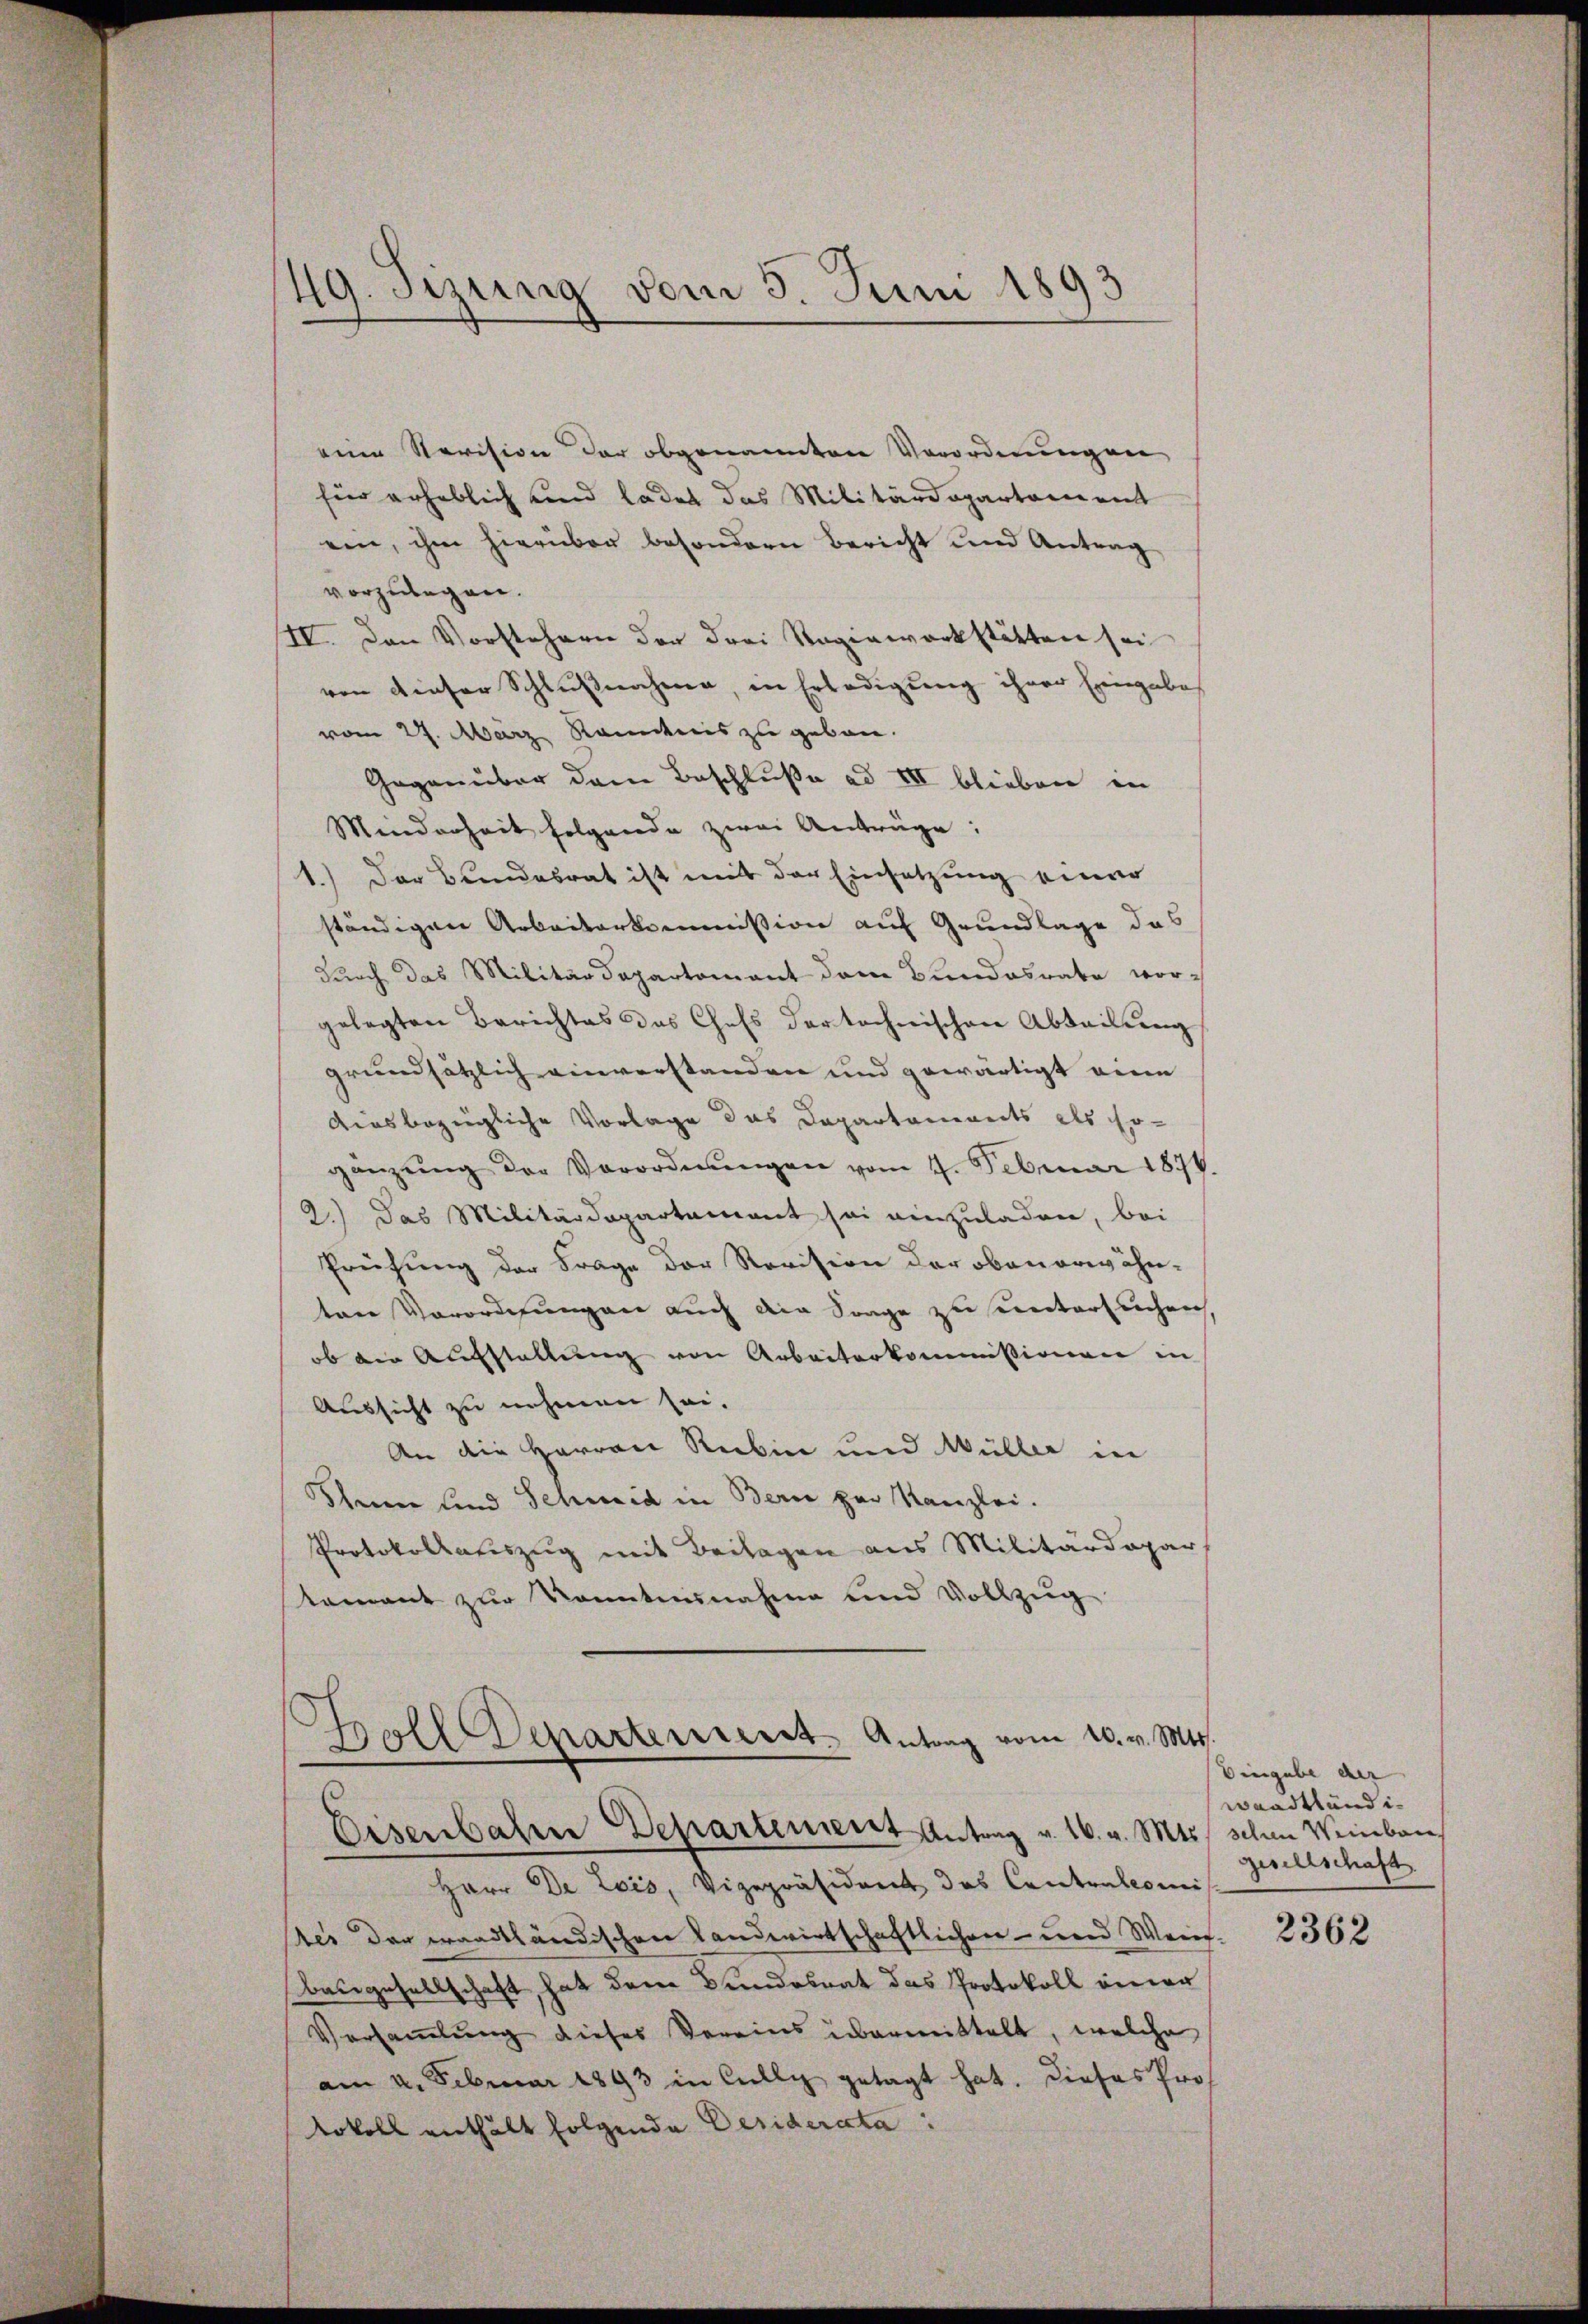
49. Sizung vom 5. Juni 1893

eine Revision der obgenannten Verordnungen
für erheblich und ladet das Militärdepartement
ein, ihm hierüber besondern Bericht und Antrag
vorzulegen.
II. Den Vorstehern der drei Ragiewerkstätten sei
von dieser Schlußnahme, in Erledigung ihrer Eingabe
vom 27. März Rännis zu geben.
Gegenüber dem Beschluße ad III blieben in
Minderheit folgende zwei Anträge:
1.) Der Bundesrat ist mit der Einsetzung einer
ständigen Arbeiterkommission auf Grundlage das
durch das Militärdepartomant dem Bundesrate vor-
gelegten Berichtes des Chefs der technischen Abteilung
grundsätzlich einverstanden und gewärtigt eine
diesbezügliche Vorlage das Departaments als Er-
gänzŭng der Verordnŭngen vom 4. Februar 1874.
2.) Das Militärdepartement sei einzuladen, bei
Prüfung der Frage der Revision der obenerwähnten Verordnungen auch die Frage zu untersuchen,
ob der Aufstaltung von Arbeiterkommissionen in
Aussicht zu nehmen sei.
An die Herren Rubin und Müller in
Scheine lind Schmid in Bern par Kanzlei.
Protokollauszug mit Beilagen aus Militärdepar
tement zur Kenntnisnahme und Vollzug

Herr De Lois, Vizepräsident das Contralcomis
tes der waadtländischen Landwirtschaftlichen- und Weis-
baugesellschaft, hat dem Bundesrat das Protokoll einer
Versammlung dieses Vereins übermittelt, welche
am 4. Februar 1893 in Cillig getagt hat. Dieses Prof
tokoll enthält folgende Desiderata:

Toll Departement. Antrag vom 20. v. Mts.
Eisenbahrer Departement Antrag v. 16. v. Mts. schen Weinbau¬

Eingabe der
waadtländigesellschaft

2362